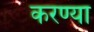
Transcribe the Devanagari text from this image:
करण्या